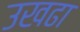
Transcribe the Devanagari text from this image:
उखढा